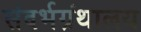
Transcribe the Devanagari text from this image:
संदर्भग्रंथालय